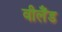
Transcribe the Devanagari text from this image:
वीलैंड